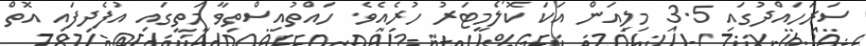
ސަރަހައްދުގައި 3.5 މިލިއަން އަކަ ކޮލޯމީޓަރު ހުރެއެވެ. ހައްތުއިސްތިވާ މަތީގައި އުފެދިފައި އޮތް